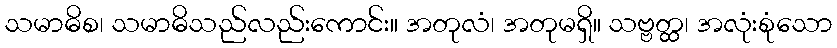
သမာဓိစ၊ သမာဓိသည်လည်းကောင်း။ အတုလံ၊ အတုမရှိ။ သဗ္ဗတ္ထ၊ အလုံးစုံသော